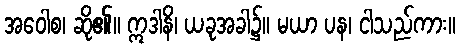
အဝေါစ၊ ဆို၏။ ဣဒါနိ၊ ယခုအခါ၌။ မယာ ပန၊ ငါသည်ကား။